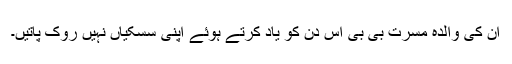
ان کی والدہ مسرت بی بی اس دن کو یاد کرتے ہوئے اپنی سسکیاں نہیں روک پاتیں۔